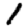
Digit: 1